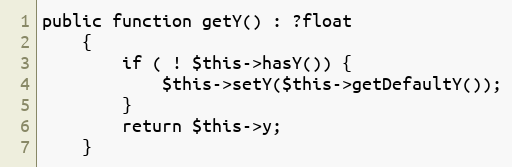
Language: PHP
public function getY() : ?float
    {
        if ( ! $this->hasY()) {
            $this->setY($this->getDefaultY());
        }
        return $this->y;
    }